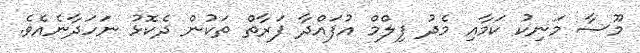
މޫސާ މަނިކު ކަމާއި މެދު ފިލްމް އުފައްދާ ފަރާތް ތަކުން ދެކޮޅު ނަހަދާނެއެވެ.